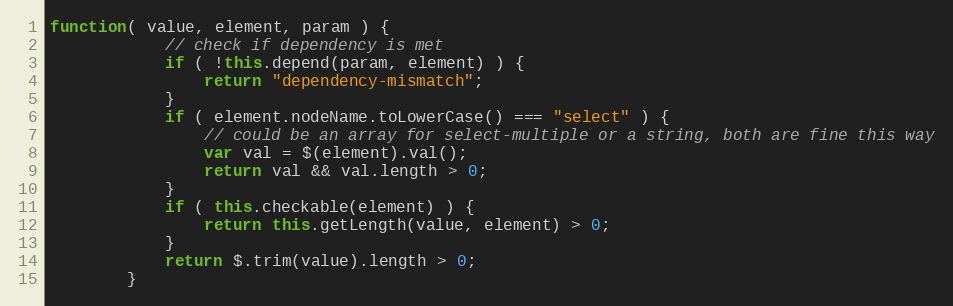
Language: JavaScript
function( value, element, param ) {
			// check if dependency is met
			if ( !this.depend(param, element) ) {
				return "dependency-mismatch";
			}
			if ( element.nodeName.toLowerCase() === "select" ) {
				// could be an array for select-multiple or a string, both are fine this way
				var val = $(element).val();
				return val && val.length > 0;
			}
			if ( this.checkable(element) ) {
				return this.getLength(value, element) > 0;
			}
			return $.trim(value).length > 0;
		}